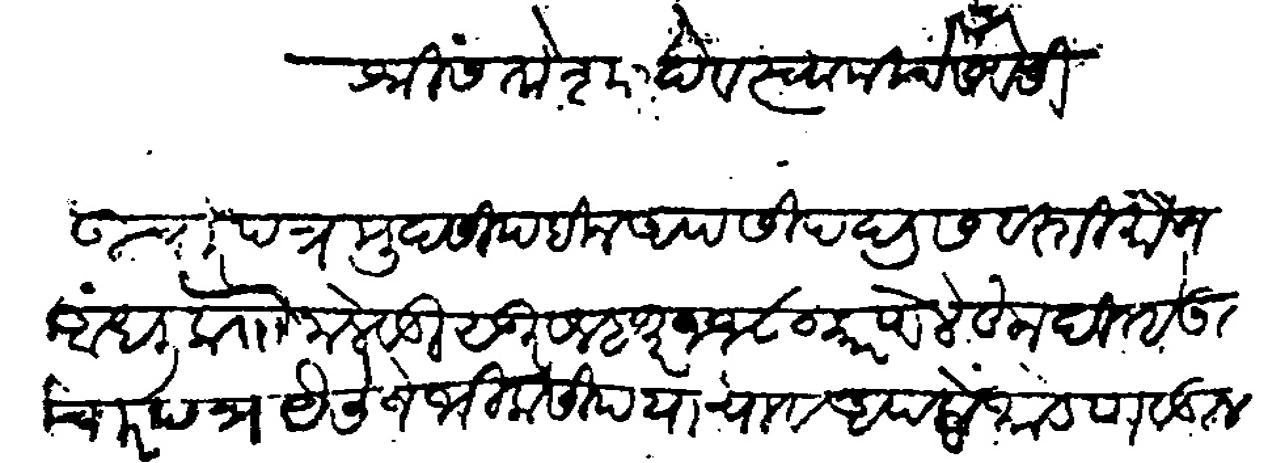
Transliteration (Devanagari): श्री संतोशादेव स्वामीचे सेवेसी उचारपत्र मुदसीद बीन आपसीद दडस वस्ती मौजे आंधली को मलेवाडी सु सन हजार ११८० (१७८०) कारणे लिहून दिल्हे ऊचारपत्र वैसे जे भीक सीद याचा व आपले भांडण वडील